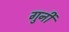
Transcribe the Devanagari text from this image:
गुर्नी